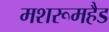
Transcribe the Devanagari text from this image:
मशरूमहैड